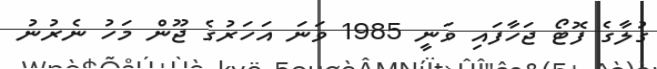
ގުލާގެ ފޮޓޯ ޖަހާފައި ވަނީ 1985 ވަނަ އަހަރުގެ ޖޫން މަހު ނެރުނު